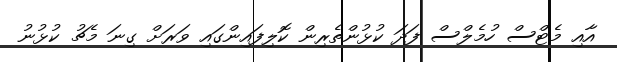
އާއި މެޓްސް ހުމެލްސް ފަދަ ކުޅުންތެރިން ކޮލިފައިންގައި ވަރަށް ގިނަ މެޗު ކުޅުނު